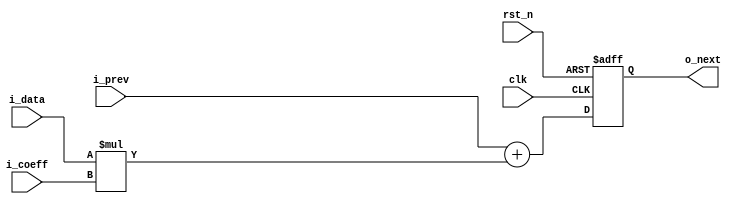
// This program was cloned from: https://github.com/ic7x24/verilog-mini-demo
// License: MIT License

// ================================================================ 
// Verilog Mini Demo Project 
//  
// Licensed under the MIT License.
// 
// https://github.com/ic7x24/verilog-mini-demo 
// ================================================================

module mini_fir_mac (
    input             clk,
    input             rst_n,
    input      [ 7:0] i_data,
    input      [ 7:0] i_coeff,
    input      [18:0] i_prev,
    output reg [18:0] o_next    
);

// MPY_BITS = INBITS + COEFF_BITS
localparam MPY_BITS = 8+8;

// ACCU_BITS = MPY_BITS + log2(TAPS)
localparam ACCU_BITS = MPY_BITS + 3;


wire [MPY_BITS-1:0] mult;

wire [ACCU_BITS-1:0] adder;

// unsigned multiplier
assign mult  = i_data * i_coeff;

// unsigned adder
assign adder = i_prev + {{(ACCU_BITS-MPY_BITS){1'b0}}, mult[MPY_BITS-1:0]};

// 1-pipe
always @(posedge clk or negedge rst_n) begin
    if(~rst_n) 
        o_next <= 'd0;
    else
        o_next <= adder;
end

endmodule